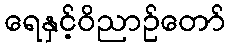
ရေနှင့်ဝိညာဉ်တော်